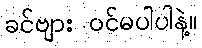
ခင်ဗျား ဝင်မပါပါနဲ့။